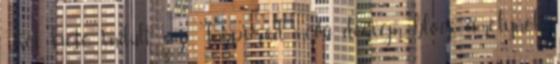
Két hete indult az Inspired nevű design blog, amelynek